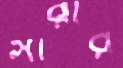
সারার